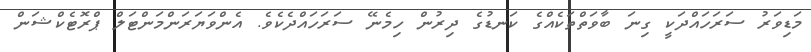
މަޑިވަރު ސަރަހައްދަކީ ގިނަ ބާވަތްތަކެއްގެ ކަނޑުގެ ދިރުން ހިމެނޭ ސަރަހައްދެކެވެ. އެންވަޔަރަންމަންޓަލް ޕްރޮޓެކްޝަން